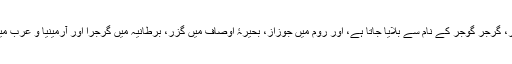
برِصغیر میں اس قوم کو گُجّر، گُرجر گوجر کے نام سے بلایا جاتا ہے، اور روم میں جوزاز، بحیرۂ اوصاف میں گُزر، برطانیہ میں گرجرا اور آرمینیا و عرب میں خُزر یا جُزر کہا جاتا ہے۔